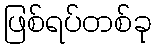
ဖြစ်ရပ်တစ်ခု